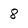
Character: 8